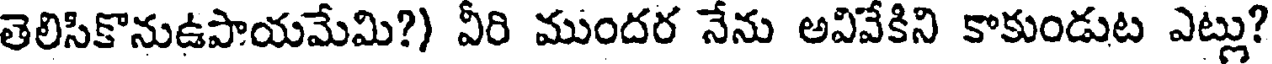
తెలిసికొనుఉపాయమేమి?) వీరి ముందర నేను అవివేకిని కాకుండుట ఎట్లు?